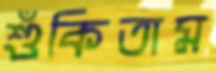
শুঁকিতাম